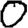
Digit: 0